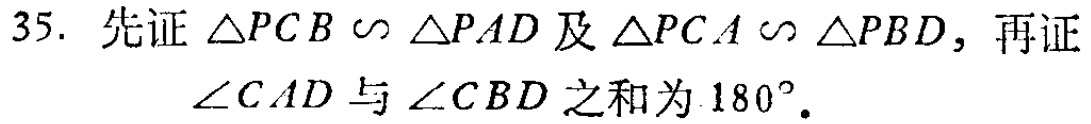
35. 先证 \(\triangle PCB\sim\triangle PAD\) 及 \(\triangle PCA\sim\triangle PBD\)，再证
\(\angle CAD\) 与 \(\angle CBD\) 之和为 \(180^{\circ}\)。